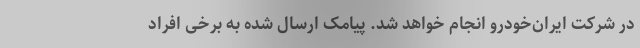
در شرکت ایران‌خودرو انجام خواهد شد. پیامک ارسال شده به برخی افراد